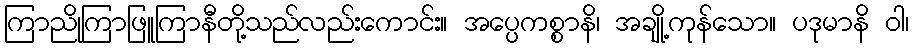
ကြာညိုကြာဖြူကြာနီတို့သည်လည်းကောင်း။ အပ္ပေကစ္စာနိ၊ အချို့ကုန်သော။ ပဒုမာနိ ဝါ၊